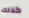
كذلك